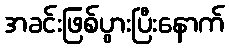
အခင်းဖြစ်ပွားပြီးနောက်